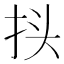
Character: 𰓕